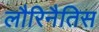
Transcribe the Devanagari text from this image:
लौरिनैतिस